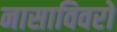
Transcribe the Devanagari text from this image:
नासाविवरों